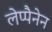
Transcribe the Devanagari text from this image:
लेप्पैनेन